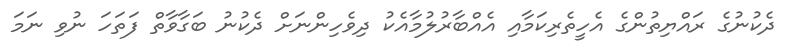
ދެކުނުގެ ރައްޔިތުންގެ އެހީތެރިކަމާއި އެއްބާރުލުމާއެކު ދިވެހިންނަށް ދެކުނު ބަގާވާތް ފަތަހަ ނުވި ނަމަ